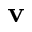
\mathrm { \bf v }